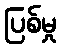
ပြစ်မှု